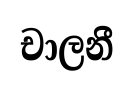
චාලනී